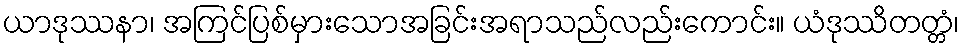
ယာဒုဿနာ၊ အကြင်ပြစ်မှားသောအခြင်းအရာသည်လည်းကောင်း။ ယံဒုဿိတတ္တံ၊